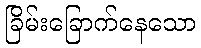
ခြိမ်းခြောက်နေသော